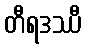
တီရဒဿီ